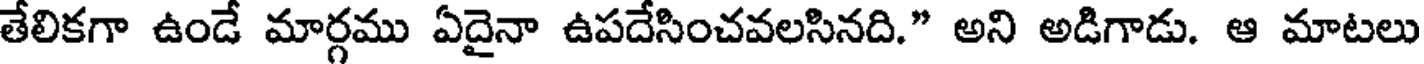
తేలికగా ఉండే మార్గము ఏదైనా ఉపదేసించవలసినది." అని అడిగాడు. ఆ మాటలు